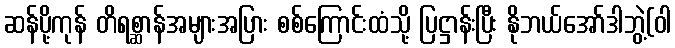
ဆန်ပို့ကုန် တိရစ္ဆာန်အများအပြား စစ်ကြောင်းထံသို့ ပြဋ္ဌာန်းပြီး နိုဘယ်အော်ဒါဘွဲ့(ဝါ